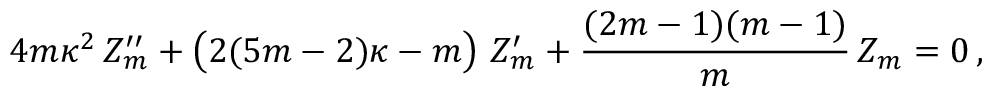
4 m \kappa ^ { 2 } \, Z _ { m } ^ { \prime \prime } + \left( \strut 2 ( 5 m - 2 ) \kappa - m \right) \, Z _ { m } ^ { \prime } + { \frac { ( 2 m - 1 ) ( m - 1 ) } { m } } \, Z _ { m } = 0 \, ,